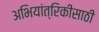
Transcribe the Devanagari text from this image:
अभियांत्रिकीसाठी